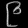
Digit: ၉